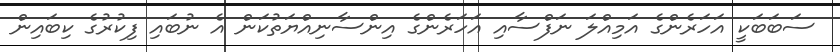
ސަބަބަކީ އަހަރެންގެ އަމިއްލަ ނަފްސާއި އަހަރެންގެ އިންސާނިއްޔަތުކަން އެ ނުބައި ފިކުރުގެ ކިބައިން